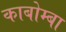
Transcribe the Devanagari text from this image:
काबोम्बा